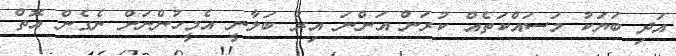
އަދި ބަޔަކު މަސައްކަތެއް ކުރަން އަންނަ އިރު ބަލާނީ އެމީހުންނަށް ނެގެން އޮތް